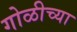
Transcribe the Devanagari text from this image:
गोळीच्या